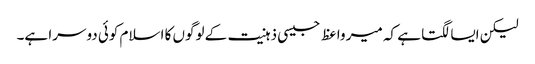
لیکن ایسا لگتا ہے کہ میر واعظ جیسی ذہنیت کے لوگوں کا اسلام کوئی دوسرا ہے۔